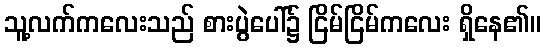
သူ့လက်ကလေးသည် စားပွဲပေါ်၌ ငြိမ်ငြိမ်ကလေး ရှိနေ၏။